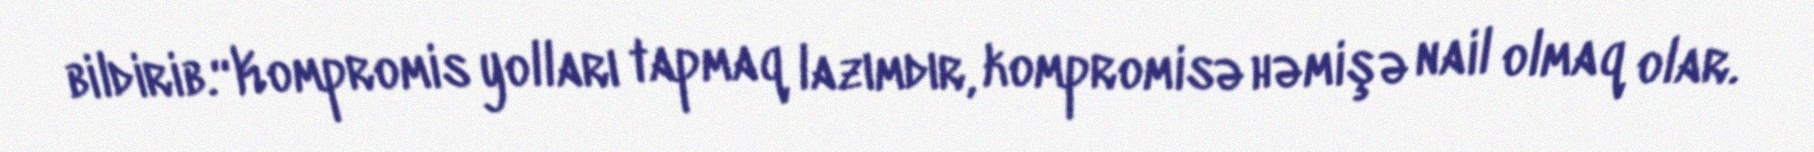
bildirib.“Kompromis yolları tapmaq lazımdır, kompromisə həmişə nail olmaq olar.